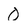
Character: O